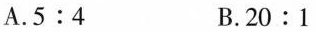
A.5:4 B.20:1